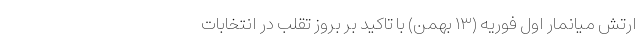
ارتش میانمار اول فوریه (۱۳ بهمن) با تاکید بر بروز تقلب در انتخابات